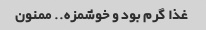
غذا گرم بود و خوشمزه.. ممنون